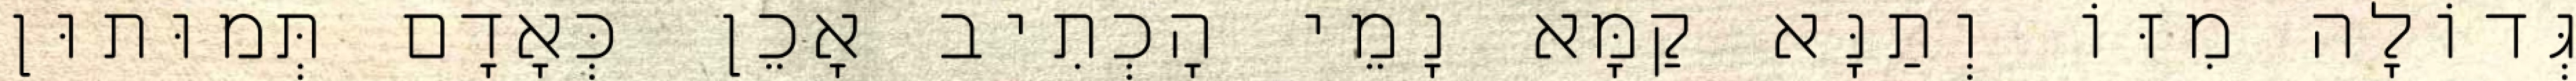
גְּדוֹלָה מִזּוֹ וְתַנָּא קַמָּא נָמֵי הָכְתִיב אָכֵן כְּאָדָם תְּמוּתוּן